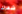
شعرك